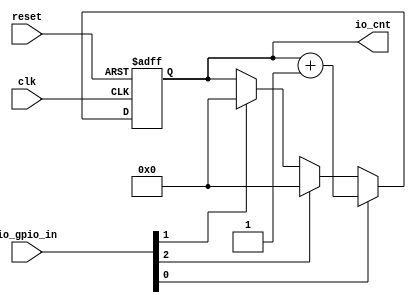
// Generator : SpinalHDL v1.8.1    git head : 2a7592004363e5b40ec43e1f122ed8641cd8965b
// Component : Timer_Cnt_V2
// Git hash  : b2a922209f98818aa020387be356cd793579745a

`timescale 1ns/1ps

module Timer_Cnt_V2 (
  input      [2:0]    io_gpio_in,
  output     [31:0]   io_cnt,
  input               clk,
  input               reset
);

  wire                valid;
  wire                restart;
  reg        [31:0]   cnt;
  wire                when_LoopTest_l133;

  assign valid = io_gpio_in[0];
  assign restart = io_gpio_in[1];
  assign when_LoopTest_l133 = io_gpio_in[2];
  assign io_cnt = cnt;
  always @(posedge clk or posedge reset) begin
    if(reset) begin
      cnt <= 32'h0;
    end else begin
      if(valid) begin
        cnt <= (cnt + 32'h00000001);
      end else begin
        if(when_LoopTest_l133) begin
          cnt <= 32'h0;
        end else begin
          if(restart) begin
            cnt <= 32'h0;
          end
        end
      end
    end
  end


endmodule